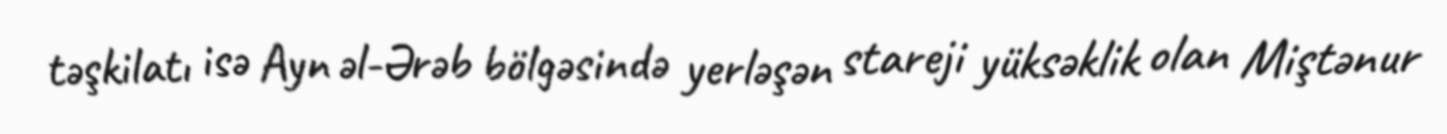
təşkilatı isə Ayn əl-Ərəb bölgəsində yerləşən stareji yüksəklik olan Miştənur